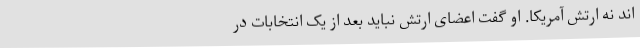
اند نه ارتش آمریکا. او گفت اعضای ارتش نباید بعد از یک انتخابات در